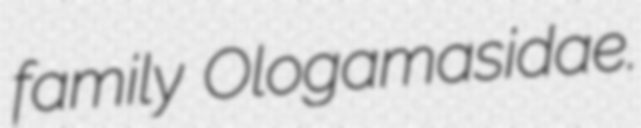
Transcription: family Ologamasidae.